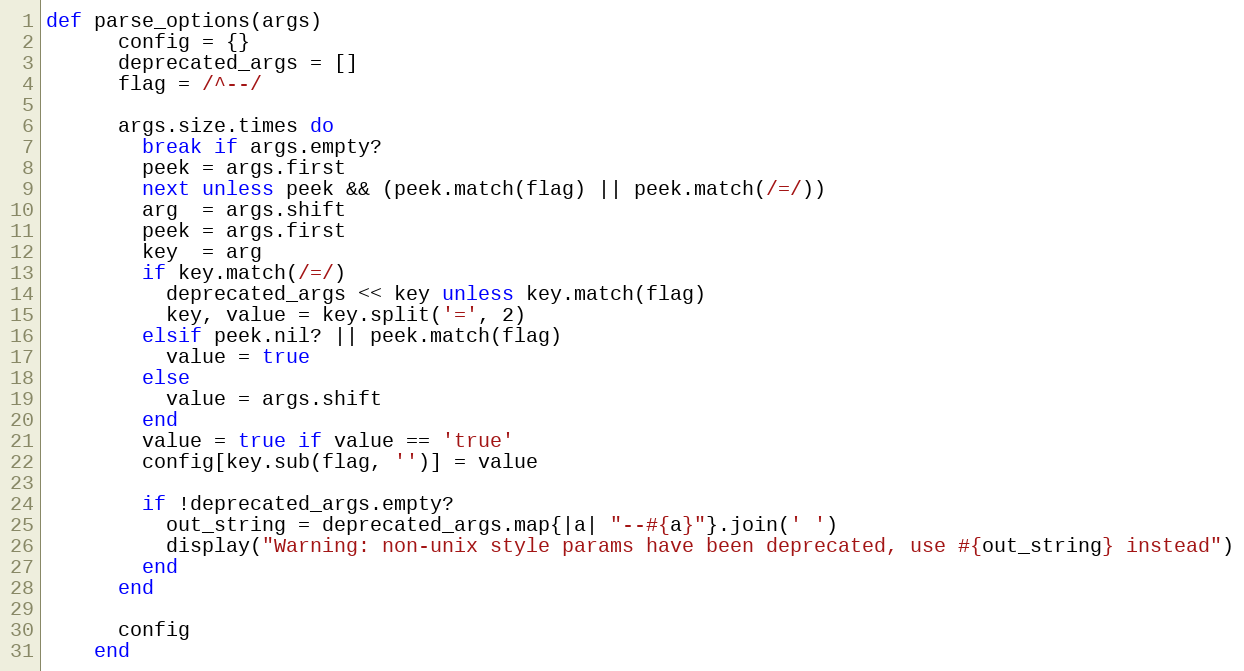
Language: Ruby
def parse_options(args)
      config = {}
      deprecated_args = []
      flag = /^--/

      args.size.times do
        break if args.empty?
        peek = args.first
        next unless peek && (peek.match(flag) || peek.match(/=/))
        arg  = args.shift
        peek = args.first
        key  = arg
        if key.match(/=/)
          deprecated_args << key unless key.match(flag)
          key, value = key.split('=', 2)
        elsif peek.nil? || peek.match(flag)
          value = true
        else
          value = args.shift
        end
        value = true if value == 'true'
        config[key.sub(flag, '')] = value

        if !deprecated_args.empty?
          out_string = deprecated_args.map{|a| "--#{a}"}.join(' ')
          display("Warning: non-unix style params have been deprecated, use #{out_string} instead")
        end
      end

      config
    end